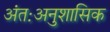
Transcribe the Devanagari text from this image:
अंतःअनुशासिक